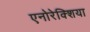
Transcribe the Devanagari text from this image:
एनोरेक्शिया